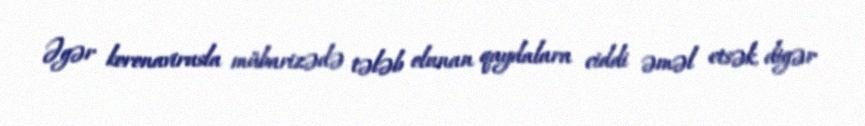
Əgər koronavirusla mübarizədə tələb olunan qaydalara ciddi əməl etsək, digər